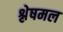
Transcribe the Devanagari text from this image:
श्लेषमल